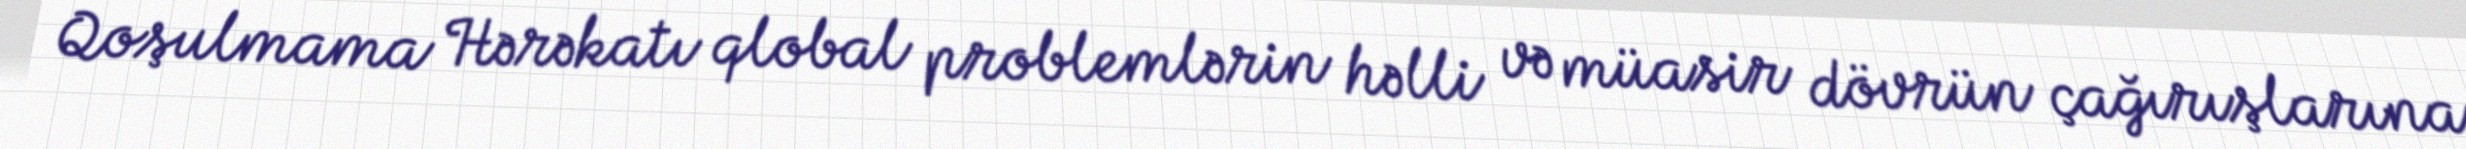
Qoşulmama Hərəkatı qlobal problemlərin həlli və müasir dövrün çağırışlarına